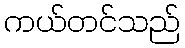
ကယ်တင်သည်